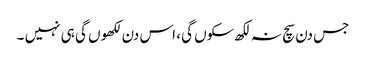
جس دن سچ نہ لکھ سکوں گی ، اس دن لکھوں گی ہی نہیں ۔